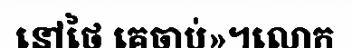
នៅថៃ គេចាប់»។លោក